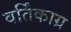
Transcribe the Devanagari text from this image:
वर्तिंकाग्र